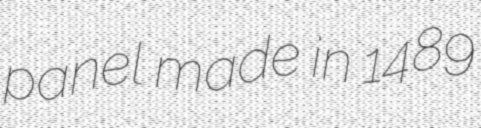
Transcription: panel made in 1489